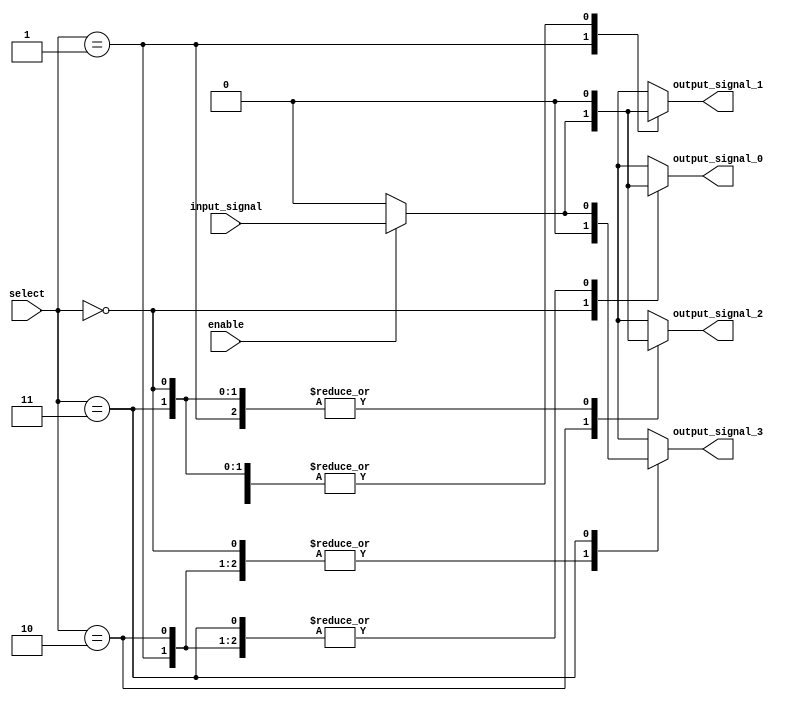
module demux_1to4 (
    input wire enable,
    input wire [1:0] select,
    input wire input_signal,
    output reg output_signal_0,
    output reg output_signal_1,
    output reg output_signal_2,
    output reg output_signal_3
);

always @* begin
    case(select)
        2'b00: begin
            output_signal_0 = enable ? input_signal : 1'b0;
            output_signal_1 = 1'b0;
            output_signal_2 = 1'b0;
            output_signal_3 = 1'b0;
        end
        2'b01: begin
            output_signal_0 = 1'b0;
            output_signal_1 = enable ? input_signal : 1'b0;
            output_signal_2 = 1'b0;
            output_signal_3 = 1'b0;
        end
        2'b10: begin
            output_signal_0 = 1'b0;
            output_signal_1 = 1'b0;
            output_signal_2 = enable ? input_signal : 1'b0;
            output_signal_3 = 1'b0;
        end
        2'b11: begin
            output_signal_0 = 1'b0;
            output_signal_1 = 1'b0;
            output_signal_2 = 1'b0;
            output_signal_3 = enable ? input_signal : 1'b0;
        end
    endcase
end

endmodule